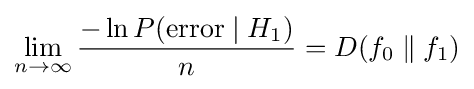
\lim _{n\to \infty }{\frac {-\ln P(\mathrm {error} \mid H_{1})}{n}}=D(f_{0}\parallel f_{1})